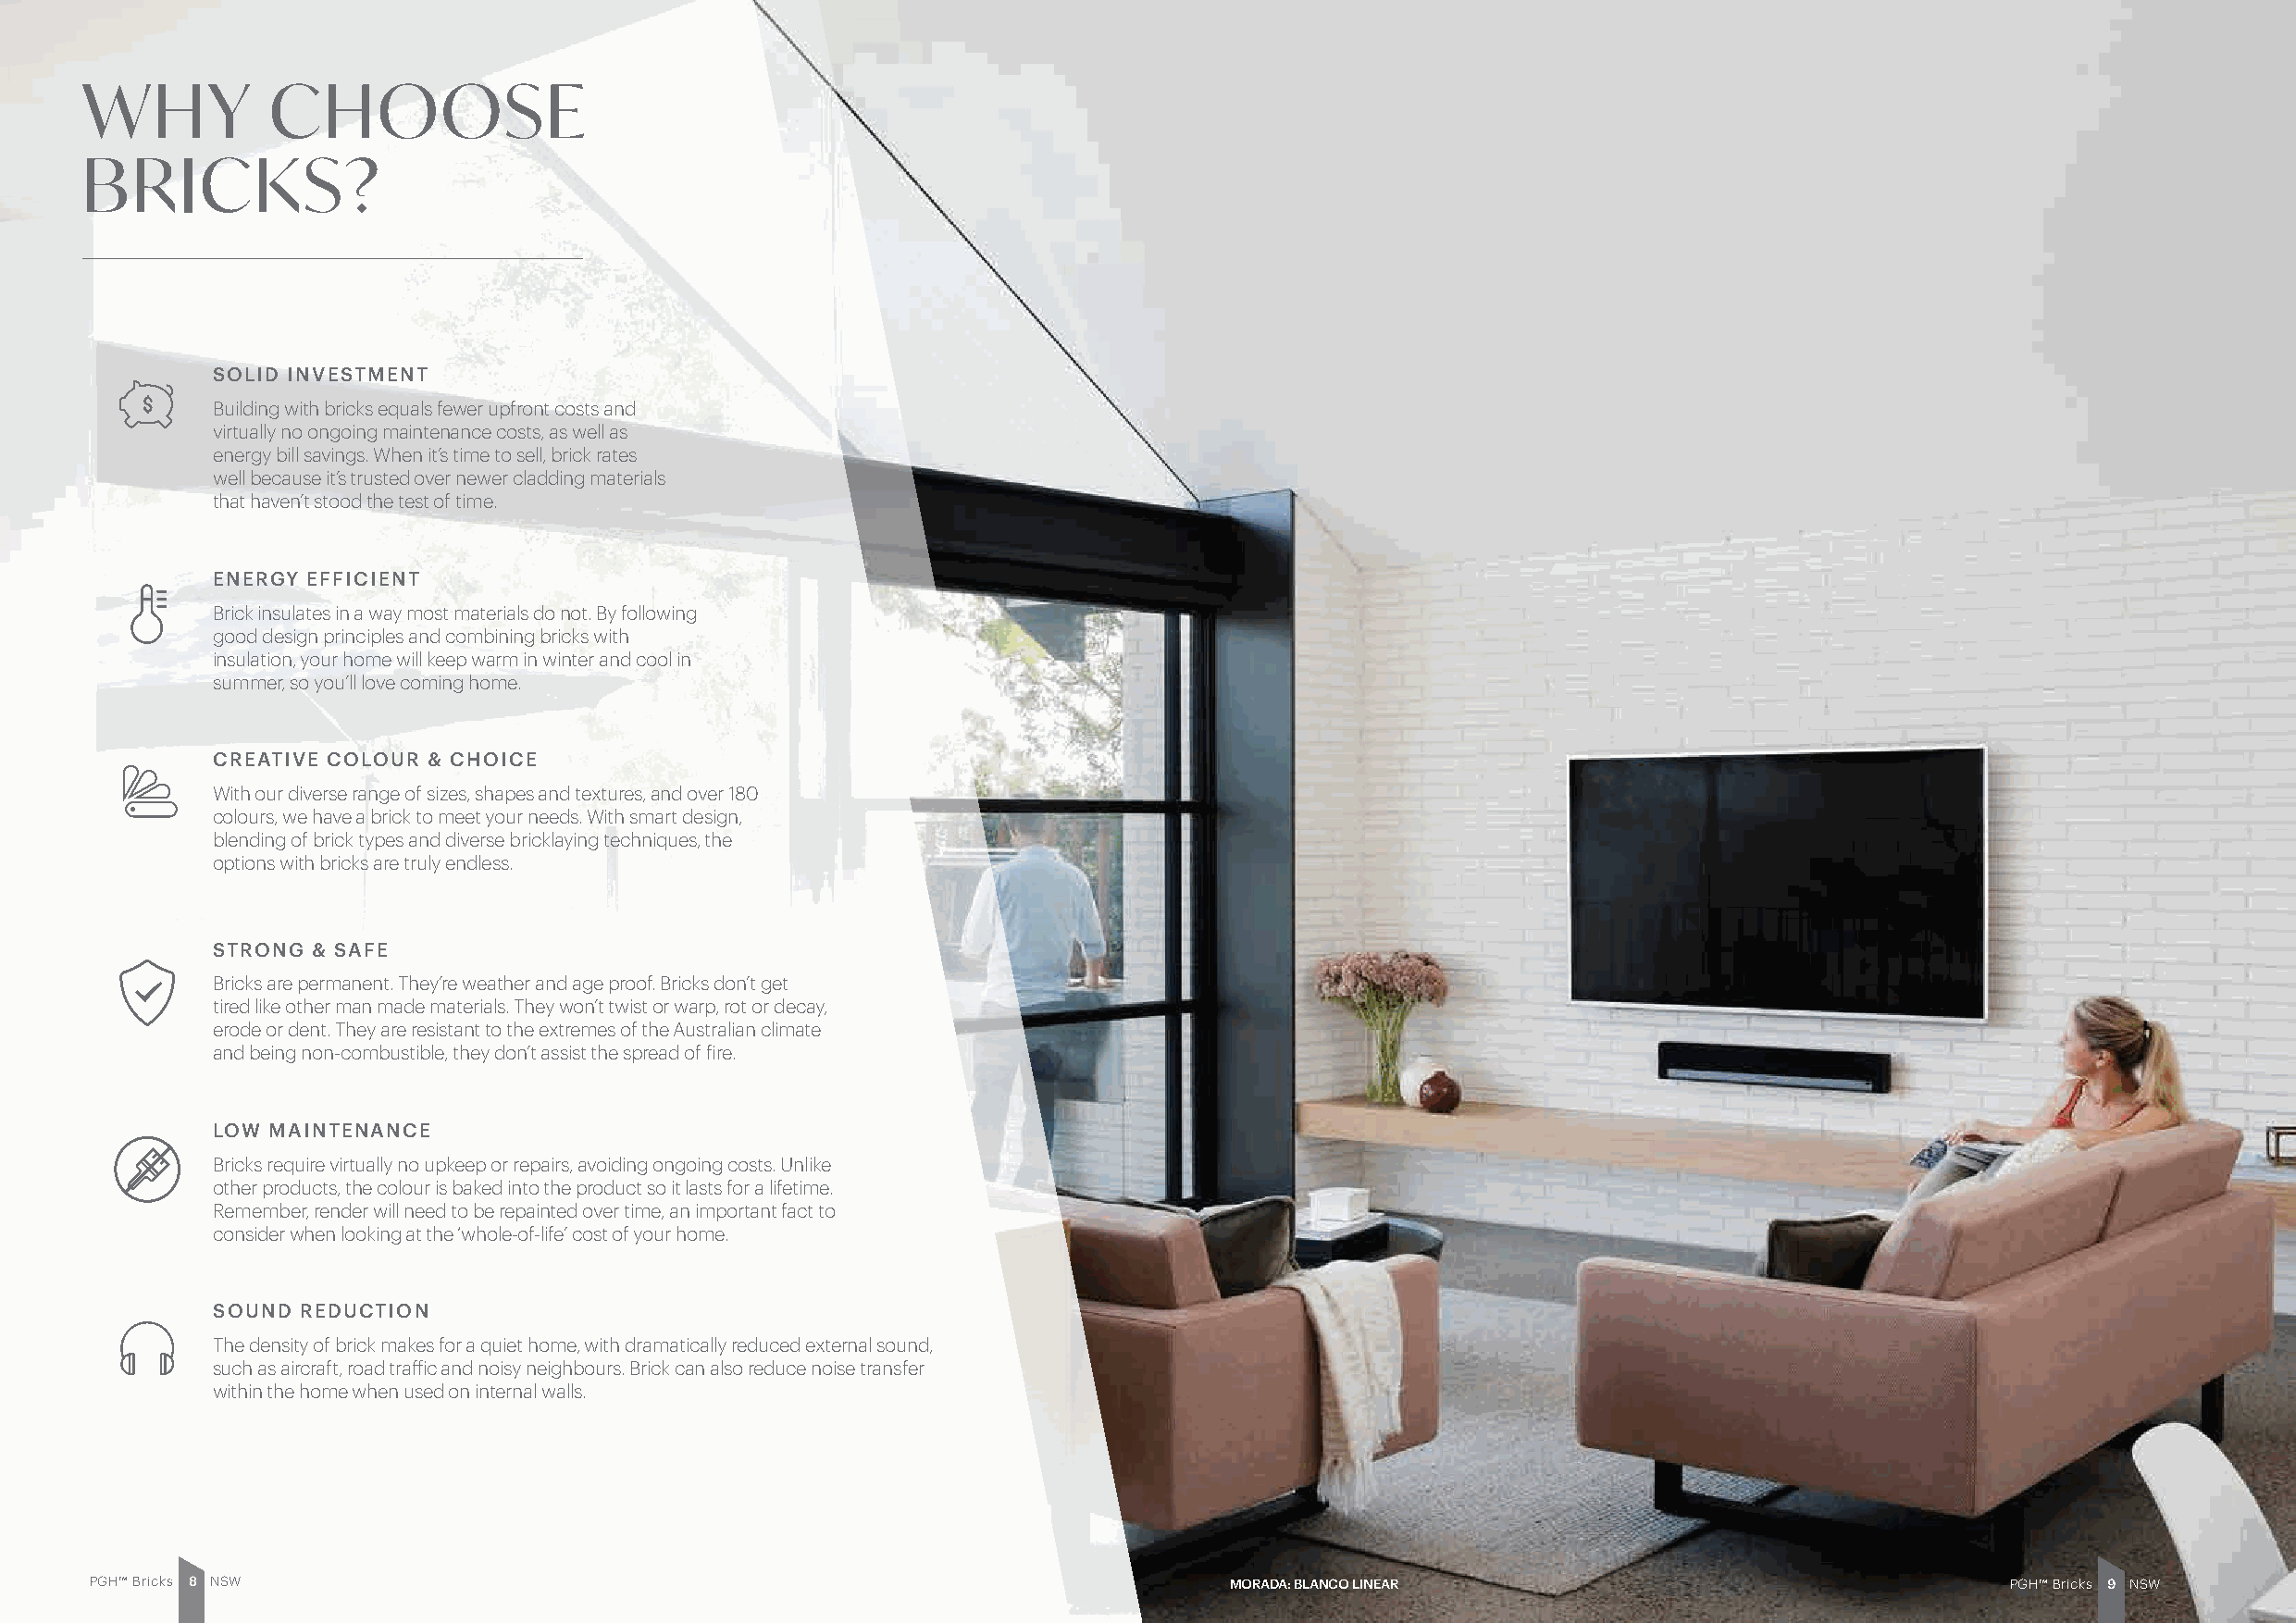
WHY          CHOOSE
 BRICKS?
 SOLID INVESTMENT
 Building with bricks equals fewer upfront costs and
 virtually no ongoing maintenance costs, as well as
 energy bill savings. When it’s time to sell, brick rates
 well because it’s trusted over newer cladding materials
 that haven’t stood the test of time.
 ENERGY EFFICIENT
 Brick insulates in a way most materials do not. By following
 good design principles and combining bricks with
 insulation, your home will keep warm in winter and cool in
 summer, so you’ll love coming home.
 CREATIVE COLOUR & CHOICE
 With our diverse range of sizes, shapes and textures, and over 180
 colours, we have a brick to meet your needs. With smart design,
 blending of brick types and diverse bricklaying techniques, the
 options with bricks are truly endless.
 STRONG & SAFE
 Bricks are permanent. They’re weather and age proof. Bricks don’t get
 tired like other man made materials. They won’t twist or warp, rot or decay,
 erode or dent. They are resistant to the extremes of the Australian climate
 and being non-combustible, they don’t assist the spread of fire.
 LOW MAINTENANCE
 Bricks require virtually no upkeep or repairs, avoiding ongoing costs. Unlike
 other products, the colour is baked into the product so it lasts for a lifetime.
 Remember, render will need to be repainted over time, an important fact to
 consider when looking at the ‘whole-of-life’ cost of your home.
 SOUND REDUCTION
 The density of brick makes for a quiet home, with dramatically reduced external sound,
 such as aircraft, road traffic and noisy neighbours. Brick can also reduce noise transfer
 within the home when used on internal walls.
 PGH™ Bricks 8 NSW                                                                 MORADA: BLANCO LINEAR                                   PGH™ Bricks 9 NSW